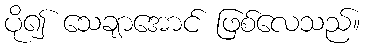
ပို၍ သေချာအောင် ဖြစ်လေသည်။